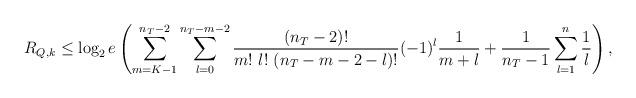
LaTeX: \begin{align*}R_{Q,k} \leq \log_2 e \left( \sum_{m = K-1}^{n_T-2} \sum_{l=0}^{n_T-m-2} \frac{(n_T-2)!}{ m!~ l!~ (n_T -m-2 - l) !} (-1)^{l}\frac{1}{m+l} + \frac{1}{n_T-1} \sum_{l=1}^{n} \frac{1}{l} \right),\end{align*}